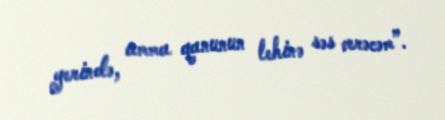
yerində, amma qanunun lehinə səs verəcəm”.